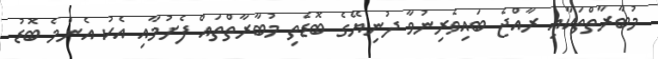
މުބާރާތްތަކާއި ރާއްޖެ ބައިވެރިނުވާ ދުނިޔޭގެ ބޮޑެތި މުބާރާތްތައް ފެށުމާއި އެކު އެންމެ ބޮޑު